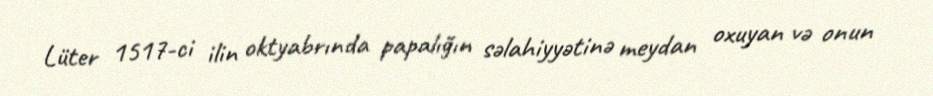
Lüter 1517-ci ilin oktyabrında papalığın səlahiyyətinə meydan oxuyan və onun